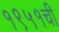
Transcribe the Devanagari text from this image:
१९५१ची